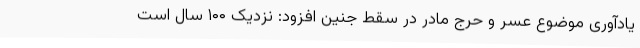
یادآوری موضوع عسر و حرج مادر در سقط جنین افزود: نزدیک ۱۰۰ سال است